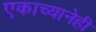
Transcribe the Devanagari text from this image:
एकाच्यानेही